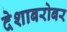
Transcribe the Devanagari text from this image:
देशाबरोबर